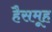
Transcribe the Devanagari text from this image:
हैसमूह